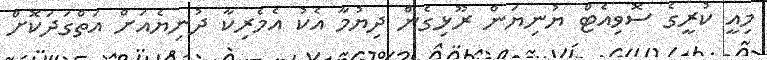
މިއީ ކުރީގެ ސޮވިއެޓް ޔުނިޔަން ރޫޅިގެން ދިޔުމާ އެކު އެމެރިކާ ދުނިޔެއަށް އަތްގަދަކޮށް